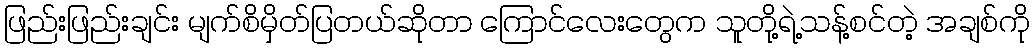
ဖြည်းဖြည်းချင်း မျက်စိမှိတ်ပြတယ်ဆိုတာ ကြောင်လေးတွေက သူတို့ရဲ့သန့်စင်တဲ့ အချစ်ကို